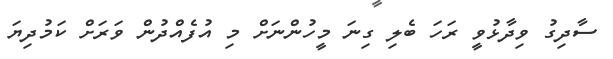
ސާދިގު ވިދާޅުވީ ރަހަ ބެލި ގިނަ މީހުންނަށް މި އުފެއްދުން ވަަރަށް ކަމުދިޔަ